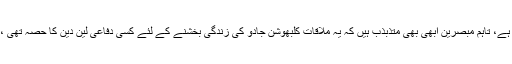
حالانکہ پاکستانی حکام نے ملاقات کی تصدیق کرتے ہوئے اسے ’’مفید ‘‘ بتایا ہے، تاہم مبصرین ابھی بھی متذبذب ہیں کہ یہ ملاقات کلبھوشن جادو کی زندگی بخشنے کے لئے کسی دفاعی لین دین کا حصہ تھی ، یا امریکہ کی بدلتی ترجیحات کے پس منظر میںنئی کشمیر پالیسی سے متعلق۔